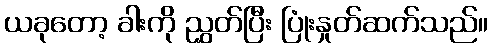
ယခုတော့ ခါးကို ညွှတ်ပြီး ပြုံးနှုတ်ဆက်သည်။